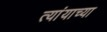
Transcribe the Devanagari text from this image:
त्यांयाच्या